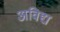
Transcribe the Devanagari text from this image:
अविद्य